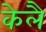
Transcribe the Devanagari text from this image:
केलै